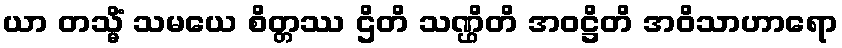
ယာ တသ္မိံ သမယေ စိတ္တဿ ဌိတိ သဏ္ဌိတိ အဝဋ္ဌိတိ အဝိသာဟာရော